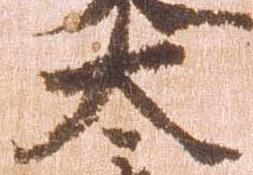
太